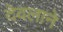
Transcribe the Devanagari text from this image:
देवलाने